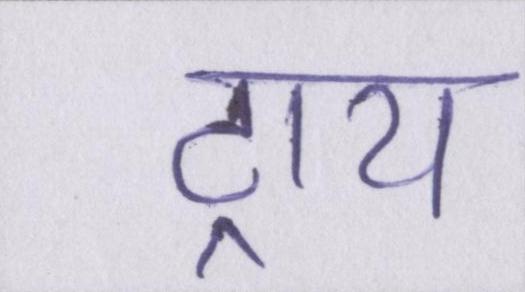
ट्राय